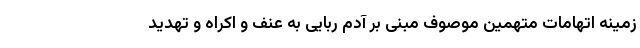
زمینه اتهامات متهمین موصوف مبنی بر آدم ربایی به عنف و اکراه و تهدید